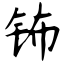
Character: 钸